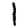
Digit: 1